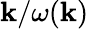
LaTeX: \mathbf{k}/\omega(\mathbf{k})